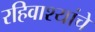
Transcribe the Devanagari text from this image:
रहिवाश्यांचे